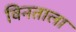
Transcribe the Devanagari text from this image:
विनताला